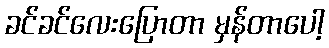
ခင်ခင်လေးပြောတာ မှန်တာပေါ့